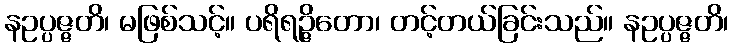
နဥပ္ပဇ္ဇတိ၊ မဖြစ်သင့်။ ပရိရဉ္ဇိတော၊ တင့်တယ်ခြင်းသည်။ နဥပ္ပဇ္ဇတိ၊